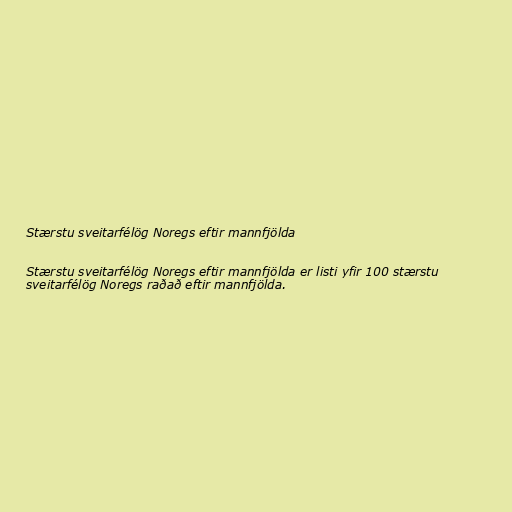
Stærstu sveitarfélög Noregs eftir mannfjölda

Stærstu sveitarfélög Noregs eftir mannfjölda er listi yfir 100 stærstu
sveitarfélög Noregs raðað eftir mannfjölda.